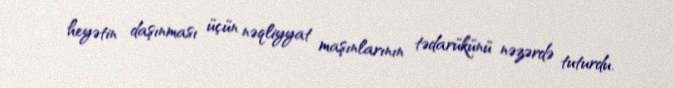
heyətin daşınması üçün nəqliyyat maşınlarının tədarükünü nəzərdə tuturdu.